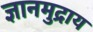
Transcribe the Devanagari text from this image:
ज्ञानमुद्राय